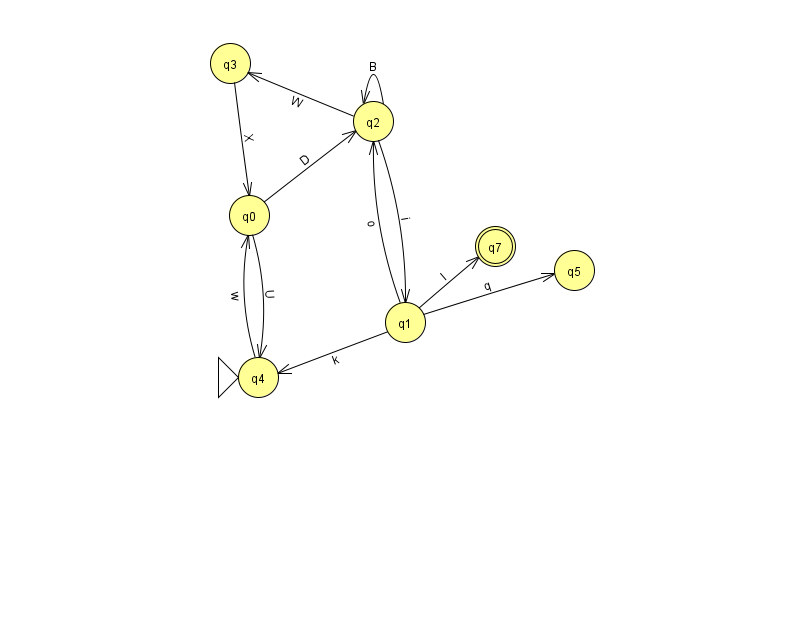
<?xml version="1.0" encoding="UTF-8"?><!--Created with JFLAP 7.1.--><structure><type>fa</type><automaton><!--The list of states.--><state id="0" name="q0"><x>249.0</x><y>202.0</y></state><state id="1" name="q1"><x>405.0</x><y>309.0</y></state><state id="2" name="q2"><x>373.0</x><y>108.0</y></state><state id="3" name="q3"><x>230.0</x><y>50.0</y></state><state id="4" name="q4"><x>258.0</x><y>364.0</y><initial/></state><state id="5" name="q5"><x>574.0</x><y>257.0</y></state><state id="7" name="q7"><x>495.0</x><y>233.0</y><final/></state><!--The list of transitions.--><transition><from>0</from><to>2</to><read>D</read></transition><transition><from>2</from><to>1</to><read>i</read></transition><transition><from>2</from><to>2</to><read>B</read></transition><transition><from>3</from><to>0</to><read>X</read></transition><transition><from>0</from><to>4</to><read>U</read></transition><transition><from>1</from><to>2</to><read>o</read></transition><transition><from>1</from><to>4</to><read>k</read></transition><transition><from>4</from><to>0</to><read>w</read></transition><transition><from>1</from><to>7</to><read>I</read></transition><transition><from>2</from><to>3</to><read>W</read></transition><transition><from>1</from><to>5</to><read>q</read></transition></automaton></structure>